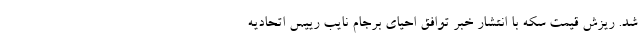
شد. ریزش قیمت سکه با انتشار خبر توافق احیای برجام نایب رییس اتحادیه